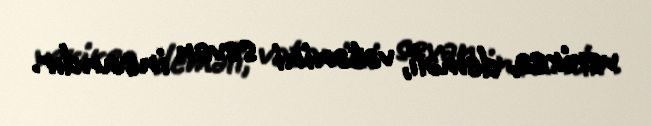
verirsə, deməli, vətənini sevən insandır.